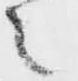
之